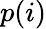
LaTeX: p(i)